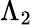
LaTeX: \Lambda_{2}